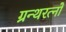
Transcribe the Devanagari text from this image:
ग्रन्थरत्नों